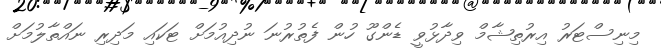
މިނިސްޓަރު އިރުތިޝާމް ވިދާޅުވީ ޑެންގޫ ހުން ފެތުރުނަ ނުދިއުމަށް ޓަކައި މަދިރި ނައްތާލުމަށް